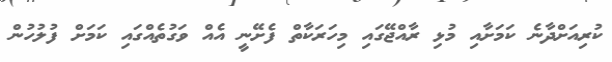
ކުރިއަށްދާނެ ކަމަށާއި މުޅި ރާއްޖޭގައި މިހަރަކާތް ފެށޭނީ އެއް ވަގުތެއްގައި ކަމަށް ފުލުހުން